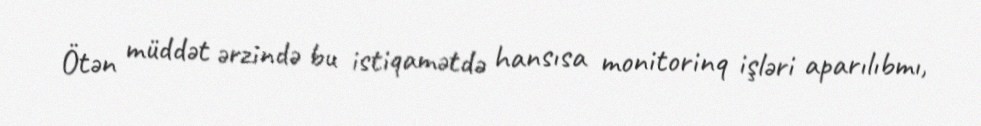
Ötən müddət ərzində bu istiqamətdə hansısa monitorinq işləri aparılıbmı,